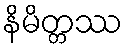
နိမိတ္တဿ